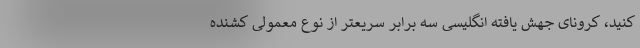
کنید، کرونای جهش یافته انگلیسی سه برابر سریعتر از نوع معمولی کشنده